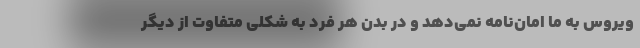
ویروس به ما امان‌نامه نمی‌دهد و در بدن هر فرد به شکلی متفاوت از دیگر